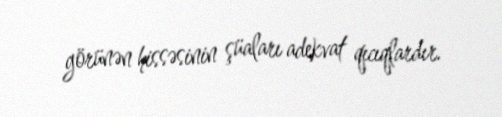
görünən hissəsinin şüaları adekvat qıcıqlardır.